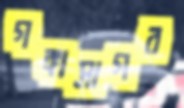
গঙ্গাসাগর